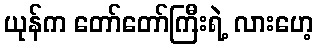
ယုန်က တော်တော်ကြီးရဲ့ လားဟေ့